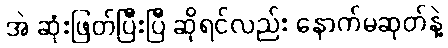
အဲ ဆုံးဖြတ်ပြီးပြီ ဆိုရင်လည်း နောက်မဆုတ်နဲ့